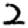
Digit: 2